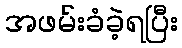
အဖမ်းခံခဲ့ရပြီး